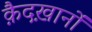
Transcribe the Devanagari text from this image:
क़ैदख़ानों